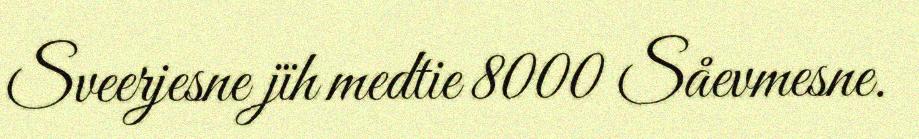
Sveerjesne jïh medtie 8000 Såevmesne.